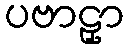
ပဗာဠှာ